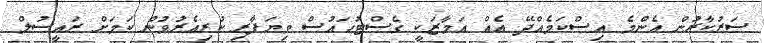
ސަރުކާރުން އެންމެ އިސްކަމެއްދޭ އެއް އަމާޒަކީ ގެސްޓުހައުސް ވިޔަފާރި ކުރިއެރުވުން ކަމަށް ރައީސުލް